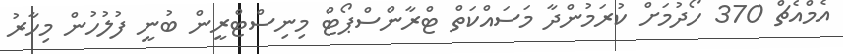
އެމްއެޗް 370 ހޯދުމަށް ކުރަމުންދާ މަސައްކަތް ޓްރާންސްޕޯޓް މިނިސްޓްރީން ބުނީ ފުލުހުން މިހާރު